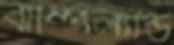
বাম্পিল্যান্ড